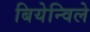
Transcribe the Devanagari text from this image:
बियेन्विले